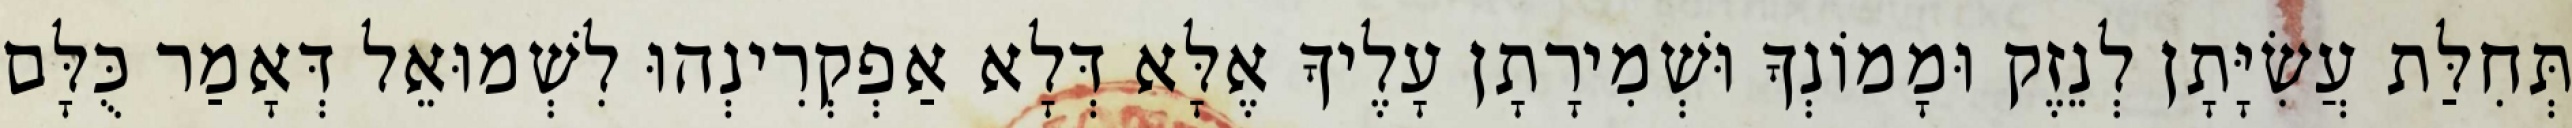
תְּחִלַּת עֲשִׂיָּתָן לְנֵזֶק וּמָמוֹנְךָ וּשְׁמִירָתָן עָלֶיךָ אֶלָּא דְּלָא אַפְקְרִינְהוּ לִשְׁמוּאֵל דְּאָמַר כֻּלָּם